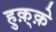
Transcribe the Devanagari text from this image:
हुक़्क़े